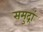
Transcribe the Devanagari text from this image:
समुद्रां